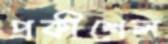
প্রকীশেল